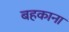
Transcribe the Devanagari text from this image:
बहकाना